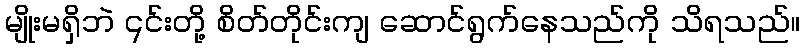
မျိုးမရှိဘဲ ၎င်းတို့ စိတ်တိုင်းကျ ဆောင်ရွက်နေသည်ကို သိရသည်။